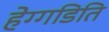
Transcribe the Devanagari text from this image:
हेग्गडिति